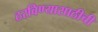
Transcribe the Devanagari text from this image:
ठरविण्यासाठीची